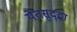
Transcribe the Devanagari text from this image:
येतसुद्द्धा